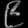
Digit: ၉